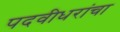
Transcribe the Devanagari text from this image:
पदवीधरांचा